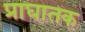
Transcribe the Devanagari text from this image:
प्राघातक